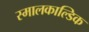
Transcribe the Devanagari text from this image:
स्मालकाल्डिक